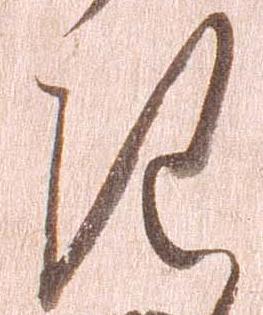
き